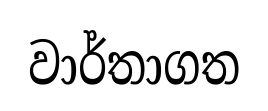
වාර්තාගත